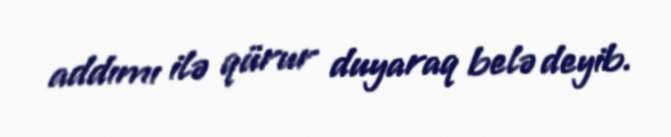
addımı ilə qürur duyaraq belə deyib.